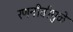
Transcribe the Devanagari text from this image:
रणनीतीमुळे